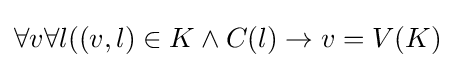
\forall v\forall l((v,l)\in K\land C(l)\to v=V(K)